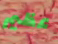
عظيم